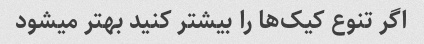
اگر تنوع کیک‌ها را بیشتر کنید بهتر میشود